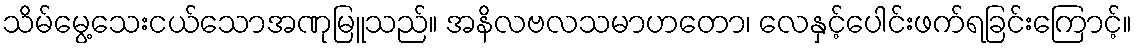
သိမ်မွေ့သေးငယ်သောအဏုမြူသည်။ အနိလဗလသမာဟတော၊ လေနှင့်ပေါင်းဖက်ရခြင်းကြောင့်။